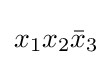
x_{1}x_{2}{\bar {x}}_{3}